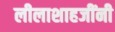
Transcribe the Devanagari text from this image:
लीलाशाहजींनी